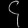
Digit: ၄